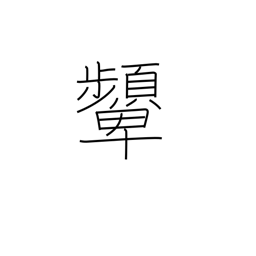
Meaning: scowl